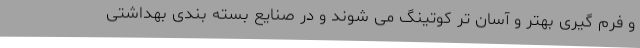
و فرم گیری بهتر و آسان تر کوتینگ می شوند و در صنایع بسته بندی بهداشتی